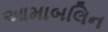
આમાબલિન